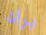
براد